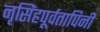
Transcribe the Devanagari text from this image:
नृसिंहपूर्वतापिनी